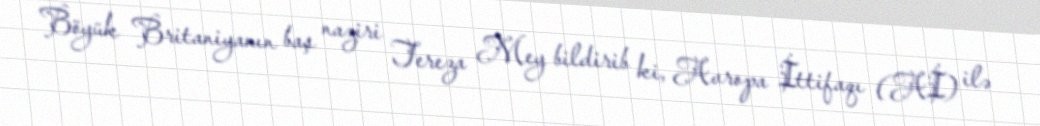
Böyük Britaniyanın baş naziri Tereza Mey bildirib ki, Avropa İttifaqı (Aİ) ilə